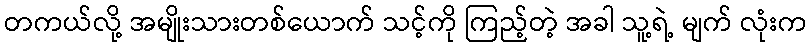
တကယ်လို့ အမျိုးသားတစ်ယောက် သင့်ကို ကြည့်တဲ့ အခါ သူ့ရဲ့ မျက် လုံးက